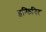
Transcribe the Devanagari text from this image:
इन्फिनिट